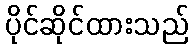
ပိုင်ဆိုင်ထားသည်